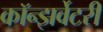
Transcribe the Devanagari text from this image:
कॉन्झर्वेटरी